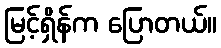
မြင့်ရှိန်က ပြောတယ်။